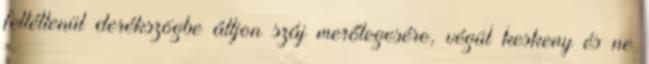
feltétlenül derékszögbe álljon száj merőlegesére, végül keskeny és ne